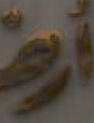
أرض